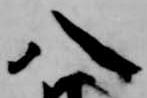
八